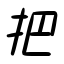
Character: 把